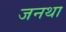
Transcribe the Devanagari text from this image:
जनथा